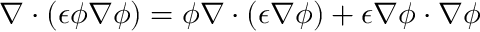
\nabla \cdot \left( \epsilon \phi \nabla \phi \right) = \phi \nabla \cdot \left( \epsilon \nabla \phi \right) + \epsilon \nabla \phi \cdot \nabla \phi